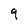
Character: 9